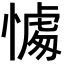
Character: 𢟶